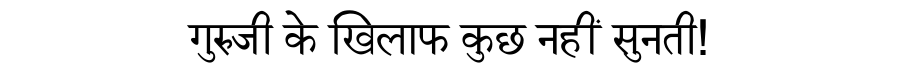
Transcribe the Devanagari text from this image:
गुरुजी के खिलाफ कुछ नहीं सुनती!